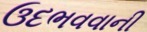
ઉદભવવાની